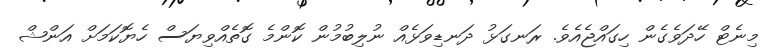
މިނެޓް ހޭދަވެގެން ހިގައްޖެއެވެ. ރަނގަޅު ދަނޑިވަޅެއް ނުލިބުމުން ކޮންމެ ގޮތެއްވިޔަސް ހެޔޮކަމަށް އަންޝް